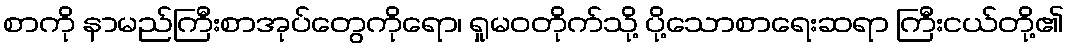
စာကို နာမည်ကြီးစာအုပ်တွေကိုရော၊ ရှုမဝတိုက်သို့ ပို့သောစာရေးဆရာ ကြီးငယ်တို့၏